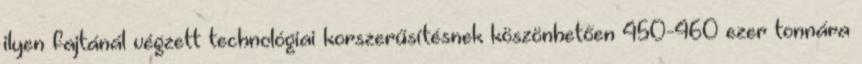
ilyen fajtánál végzett technológiai korszerűsítésnek köszönhetően 450-460 ezer tonnára